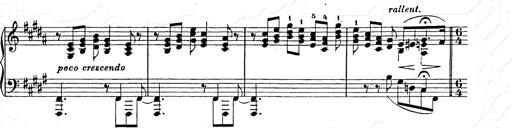
Title: Ballade No.2
Composer: Jan Skrzydlewski
Key: B minor